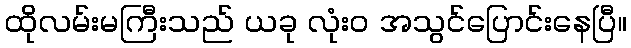
ထိုလမ်းမကြီးသည် ယခု လုံးဝ အသွင်ပြောင်းနေပြီ။